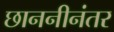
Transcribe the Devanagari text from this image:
छाननीनंतर